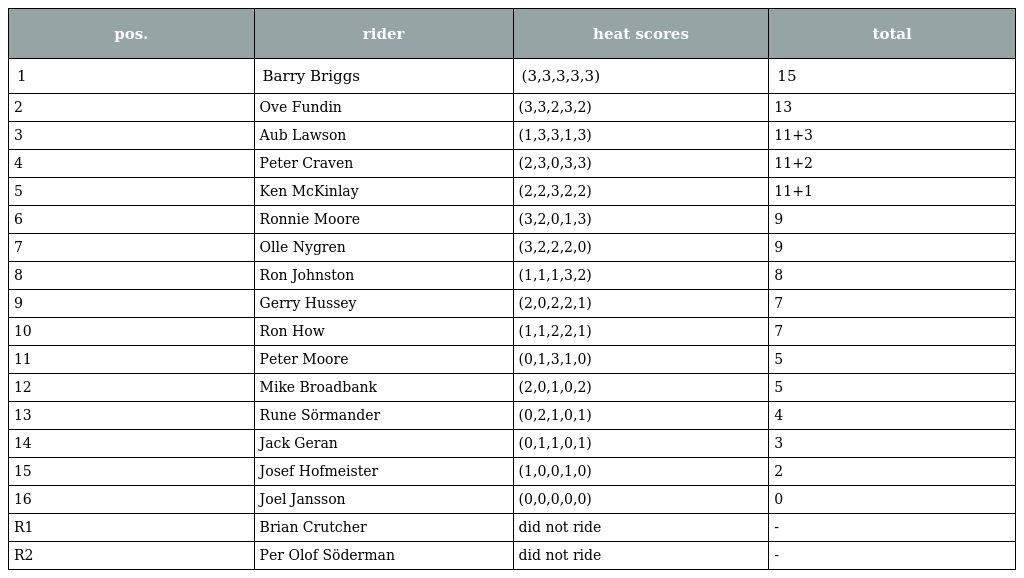
| pos. | rider | heat scores | total |
 | --- | --- | --- | --- |
 | 1 | Barry Briggs | (3,3,3,3,3) | 15 |
 | 2 | Ove Fundin | (3,3,2,3,2) | 13 |
 | 3 | Aub Lawson | (1,3,3,1,3) | 11+3 |
 | 4 | Peter Craven | (2,3,0,3,3) | 11+2 |
 | 5 | Ken McKinlay | (2,2,3,2,2) | 11+1 |
 | 6 | Ronnie Moore | (3,2,0,1,3) | 9 |
 | 7 | Olle Nygren | (3,2,2,2,0) | 9 |
 | 8 | Ron Johnston | (1,1,1,3,2) | 8 |
 | 9 | Gerry Hussey | (2,0,2,2,1) | 7 |
 | 10 | Ron How | (1,1,2,2,1) | 7 |
 | 11 | Peter Moore | (0,1,3,1,0) | 5 |
 | 12 | Mike Broadbank | (2,0,1,0,2) | 5 |
 | 13 | Rune Sörmander | (0,2,1,0,1) | 4 |
 | 14 | Jack Geran | (0,1,1,0,1) | 3 |
 | 15 | Josef Hofmeister | (1,0,0,1,0) | 2 |
 | 16 | Joel Jansson | (0,0,0,0,0) | 0 |
 | R1 | Brian Crutcher | did not ride | - |
 | R2 | Per Olof Söderman | did not ride | - |